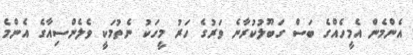
އެންމެން އެމީހެއްގެ ބަސް ގަބޫލުކުރާނެ ވަރުގެ ހަރު މީހަކު ނެތުމަކީ ވެލެންސިއާގެ އެންމެ